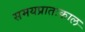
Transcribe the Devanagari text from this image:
समयप्रातःकाल